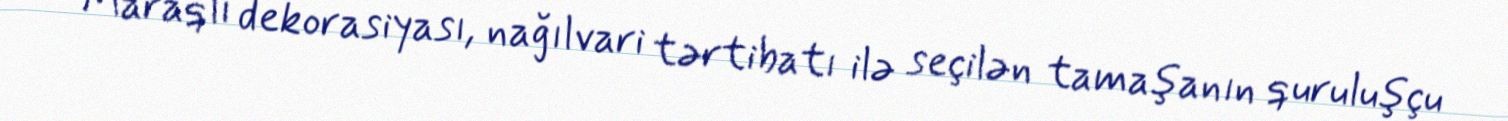
Maraqlı dekorasiyası, nağılvari tərtibatı ilə seçilən tamaşanın quruluşçu